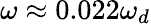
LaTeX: \omega\approx 0.022\omega_{d}